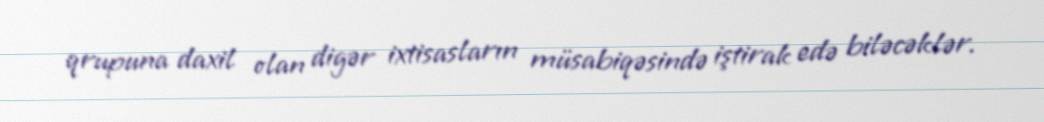
qrupuna daxil olan digər ixtisasların müsabiqəsində iştirak edə biləcəklər.